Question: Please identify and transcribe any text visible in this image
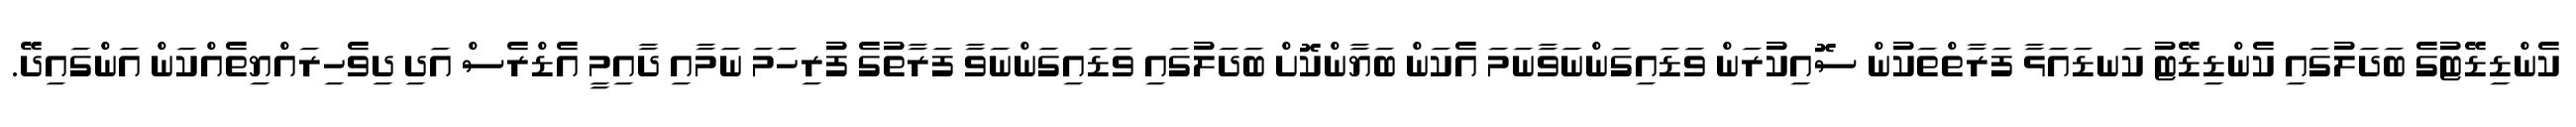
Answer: ކެންޑިޑޭޓުގެ ބަދަލުގައި ކެންޑިޑޭޓު ކަނޑައަޅާ ފަރާތްތަކުން ސޮއިކުރަން ވަޑައިގަންނަވާނަމަ އެކަން ބަޔާންކޮށް ބަދަލުގައި ވަޑައިގަންނަވާ ފަރާތުގެ ފުރިހަމަ ނަމާއި ދާއިމީ އެޑްރެސް އަދި ދިވެހިރައްޔިތެއްކަން އަންގައިދޭ.